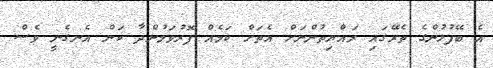
އެ ބޭފުޅުންގެ ތެރޭގައި ރައްޔިތުންނަށް އެތަށް ކަމެއް ފޮރުވަމުންދާ ކަން އެނގެނީ ވެސް